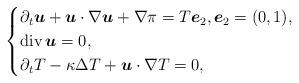
LaTeX: \begin{align*}\begin{cases}\partial_t\boldsymbol u + \boldsymbol u\cdot \nabla \boldsymbol u + \nabla\pi = T \boldsymbol e_2,\boldsymbol e_2=(0,1),\\{\mathrm{div}\,}\boldsymbol u=0,\\\partial_t T - \kappa \Delta T + \boldsymbol u\cdot \nabla T =0,\end{cases}\end{align*}